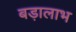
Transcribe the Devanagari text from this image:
बड़ालाभ